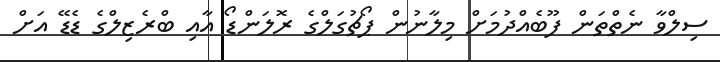
ސިލްވާ ނެތްތަން ފޫބެއްދުމަށް މިލާނުން ޕޯޗުގަލްގެ ރޮލަންޑޯ އާއި ބްރެޒިލްގެ ޑެޑޭ އަށް